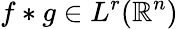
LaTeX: f\ast g\in L^{r}(\mathbb{R}^{n})